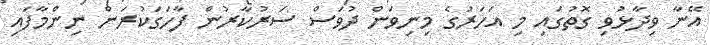
އޭނާ ވިދާޅުވި ގޮތުގައި މި އަހަރުގެ މިނިވަން ދުވަސް ސަރުކާރުން ފާހަގަކުރަން ނިންމާފައި